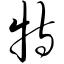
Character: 特